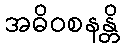
အဓိဝစနန္တိ